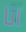
انا